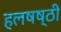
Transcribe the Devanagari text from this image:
हलषष्ठी